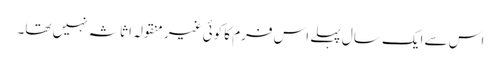
اس سے ایک سال پہلے اس فرم کا کوئی غیر منقولہ اثاثہ نہیں تھا۔